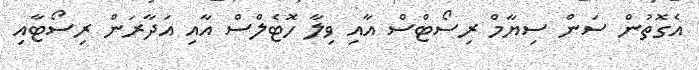
އެގޮތުން ސަން ސިޔާމް ރިސޯޓްސް އާއި ވިލާ ހޮޓެލްސް އާއި އަދާރަން ރިސޯޓާއި